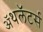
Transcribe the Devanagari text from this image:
ॲथलॅटर्स